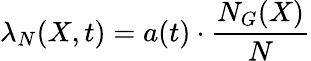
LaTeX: \lambda_{N}(X,t)=a(t)\cdot\frac{N_{G}(X)}{N}